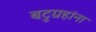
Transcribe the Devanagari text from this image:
बटुग्रहांना